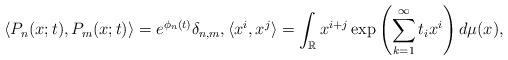
LaTeX: \begin{align*}\langle P_n(x;t), P_m(x;t)\rangle=e^{\phi_n(t)}\delta_{n,m},\langle x^i,x^j\rangle=\int_{\mathbb{R}}x^{i+j}\exp\left(\sum_{k=1}^\infty t_ix^i\right)d\mu(x),\end{align*}